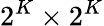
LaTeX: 2^{K}\times 2^{K}